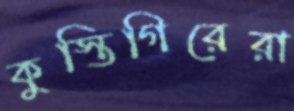
কুস্তিগিরেরা